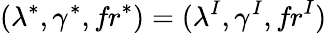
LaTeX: (\lambda^{*},\gamma^{*},\textit{fr}^{*})=(\lambda^{I},\gamma^{I},\textit{fr}^{I})